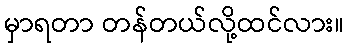
မှာရတာ တန်တယ်လို့ထင်လား။